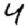
Digit: 4